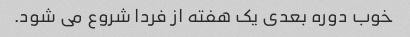
خوب دوره بعدی یک هفته از فردا شروع می شود.